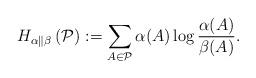
LaTeX: \begin{align*}H_{\alpha\parallel\beta}\left(\mathcal{P}\right):=\sum_{A\in\mathcal{P}}\alpha(A)\log\frac{\alpha(A)}{\beta(A)}.\end{align*}